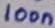
Text: 100n